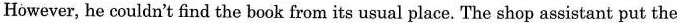
However, he couldn't find the book from its usual place. The shop assistant put the